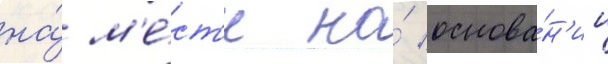
на́ м'е́ст'е на́ основа́н'ии